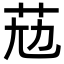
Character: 𦭋